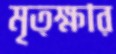
মৃত্ক্ষার